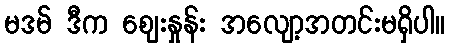
မဒမ် ဒီက ဈေးနှုန်း အလျော့အတင်းမရှိပါ။